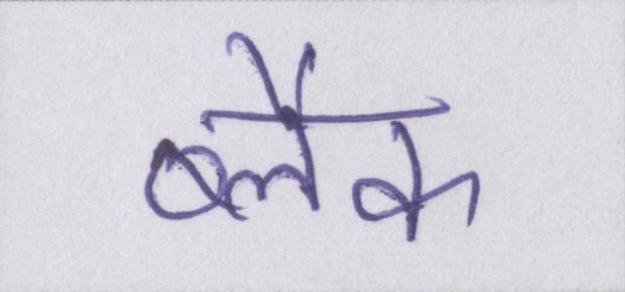
ब्लैक